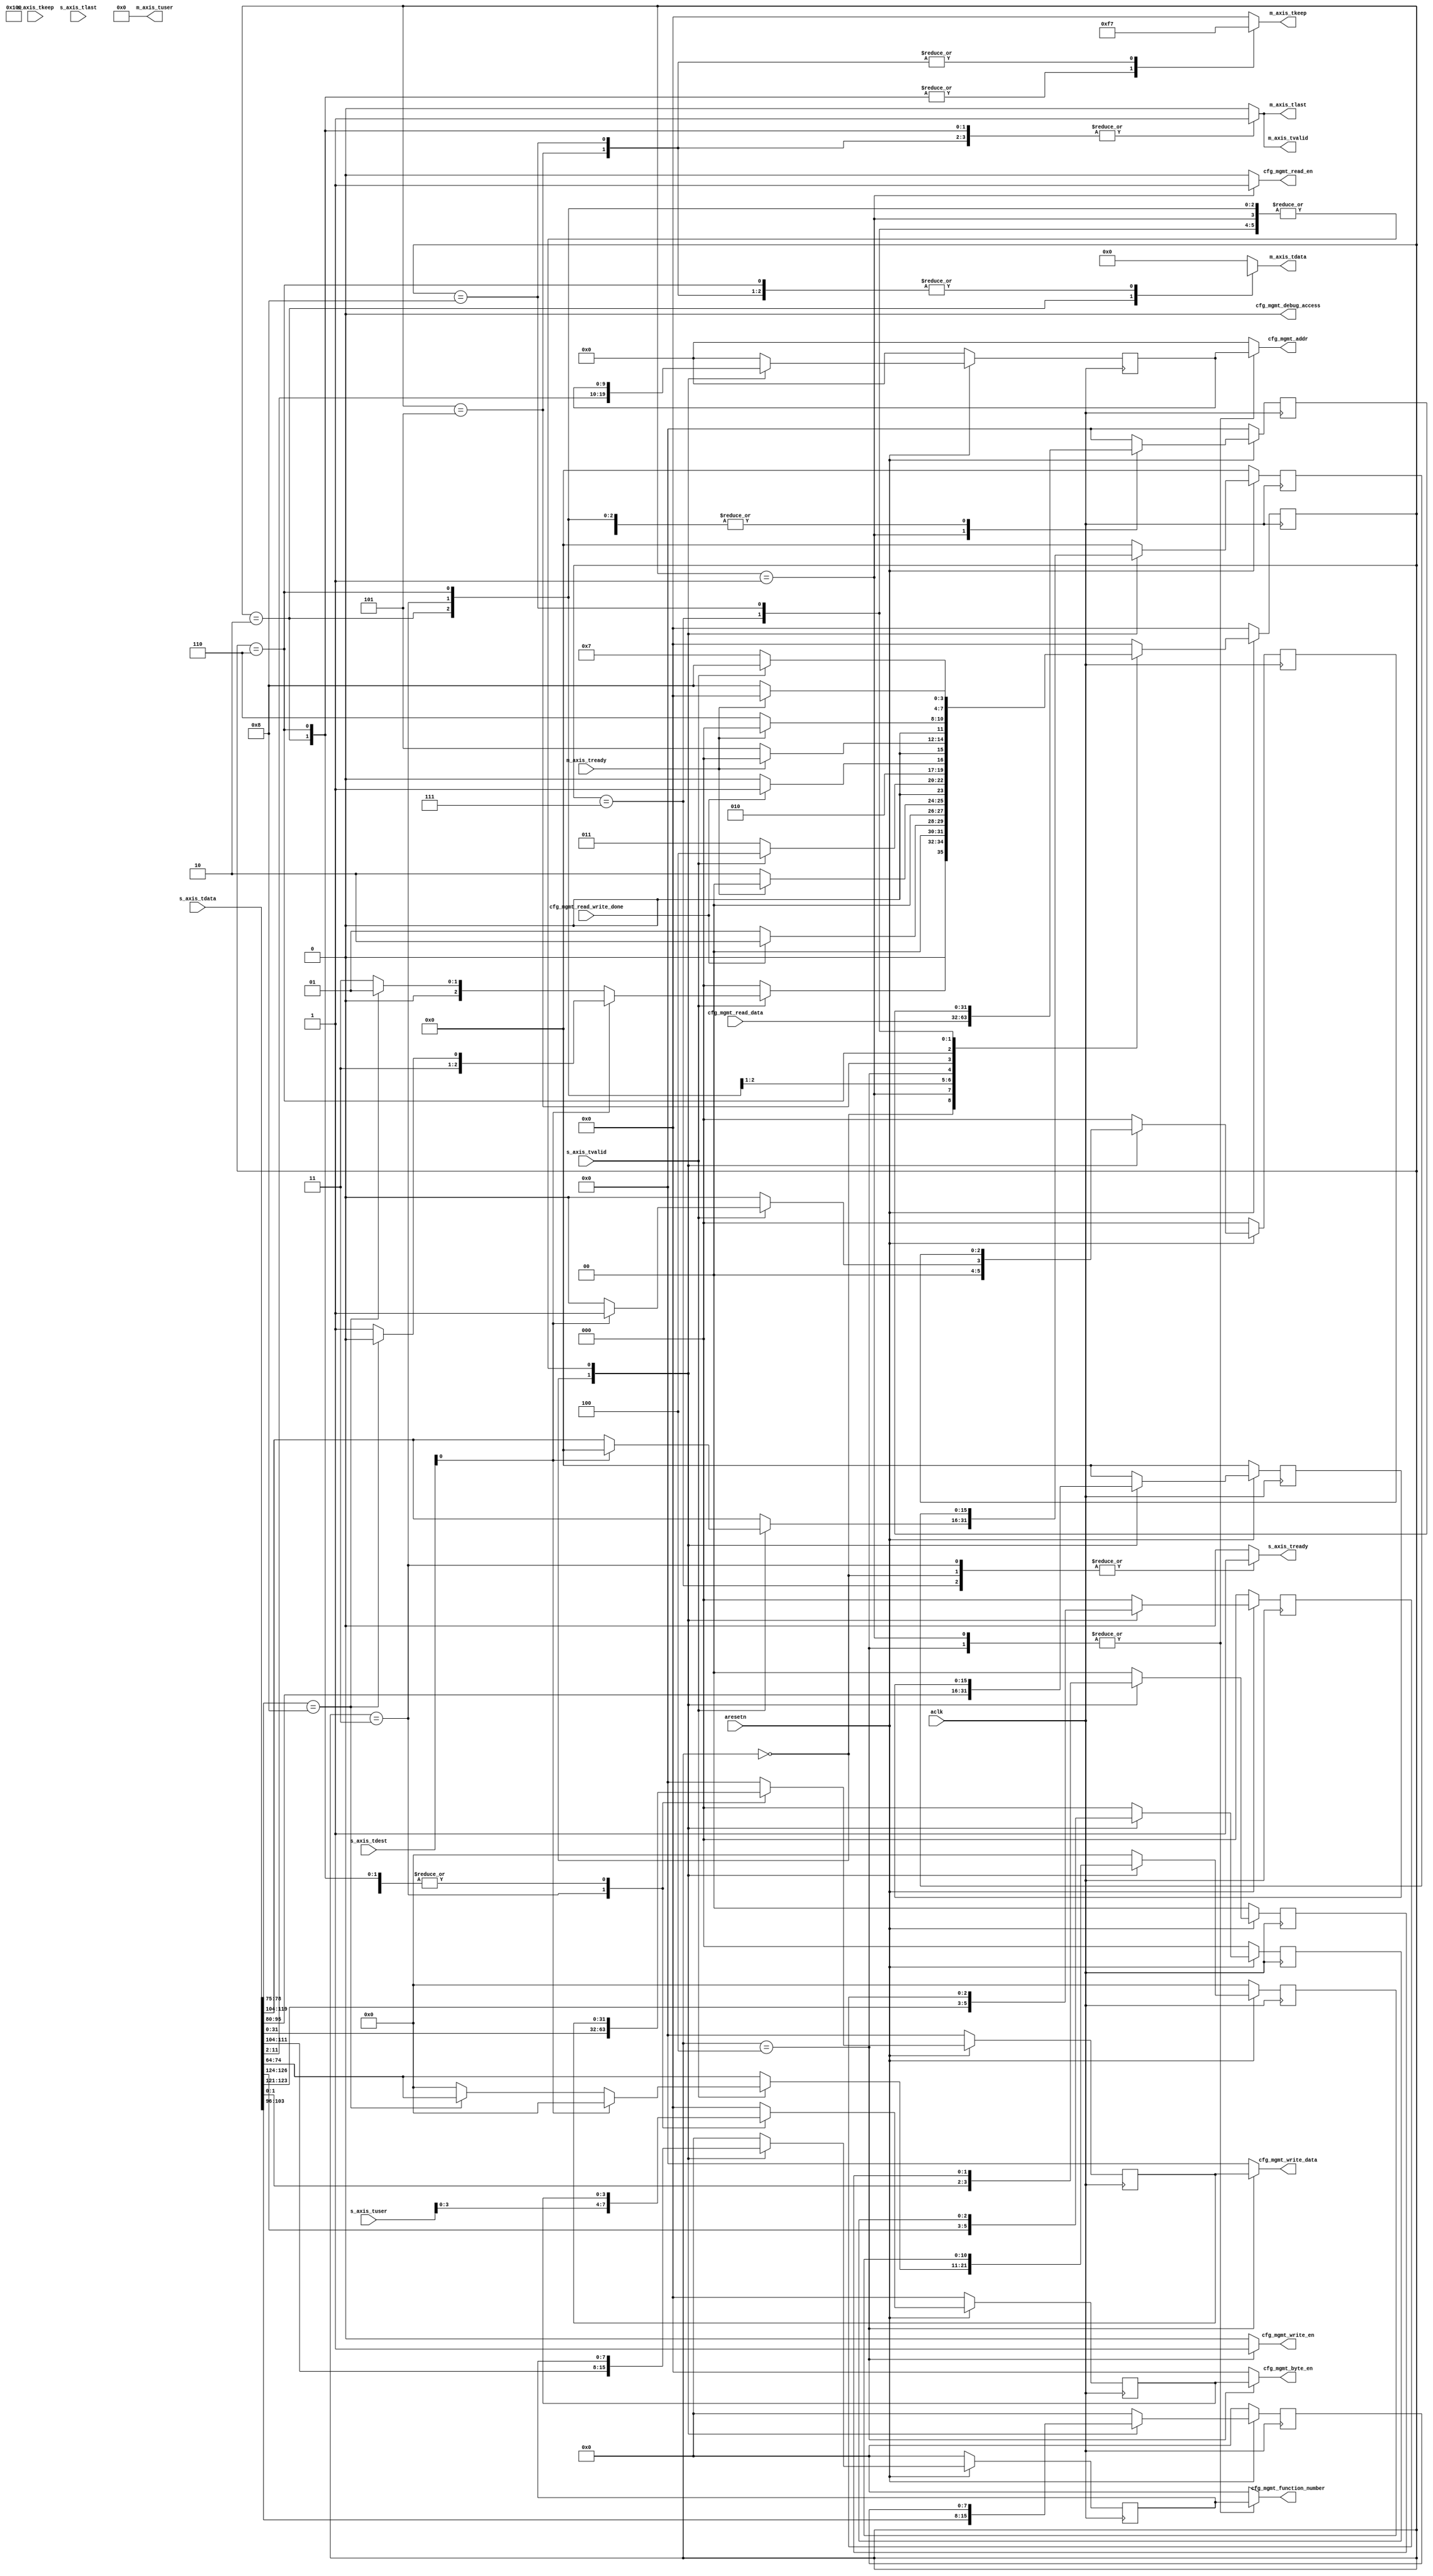
`timescale 1ns / 1ps
//////////////////////////////////////////////////////////////////////////////////
// Company: UIUC
// 
// Design Name: 
// Module Name: axis_to_cfg_mgmt
// Project Name: 
// Target Devices: 
// Tool Versions: 
// Description: 
// 
// Dependencies: 
// 
// Revision:
// Revision 0.01 - File Created
// Additional Comments:
// 
//////////////////////////////////////////////////////////////////////////////////


module axis_to_cfg_mgmt #(
		parameter integer TDATA_WIDTH	= 128,
		
		parameter integer TKEEP_WIDTH   = 4,
		
        parameter integer RQ_TUSER_WIDTH = 85,
        parameter integer CC_TUSER_WIDTH = 33		
    ) (
    input wire [1:0] s_axis_tdest,  
    input wire [TDATA_WIDTH-1 : 0] s_axis_tdata,
    input wire [TKEEP_WIDTH-1 : 0] s_axis_tkeep,
    input wire s_axis_tlast,
    input wire [RQ_TUSER_WIDTH-1 : 0] s_axis_tuser,
    input wire s_axis_tvalid,
    output reg s_axis_tready,
    
    output reg [TDATA_WIDTH-1 : 0] m_axis_tdata,
    output reg [TKEEP_WIDTH-1 : 0] m_axis_tkeep,
    output reg m_axis_tlast,
    output reg [CC_TUSER_WIDTH-1 : 0] m_axis_tuser,
    output reg m_axis_tvalid,
    input wire m_axis_tready,  
    
    output reg [9:0] cfg_mgmt_addr,
    output reg [3:0] cfg_mgmt_byte_en,
    output reg cfg_mgmt_debug_access,
    output reg [7:0] cfg_mgmt_function_number,  
    input wire [31:0] cfg_mgmt_read_data,
    output reg cfg_mgmt_read_en,
    input wire cfg_mgmt_read_write_done,
    output reg [31:0] cfg_mgmt_write_data,
    output reg cfg_mgmt_write_en,
    
    //  additional ports here
    input wire aclk,
    input wire aresetn
    );
    
//  user logic here
localparam IDLE = 4'b0000;
localparam READ_CFG = 4'b0001;
localparam READ_RESP = 4'b0010;
localparam WRITE_CFG_HEADER = 4'b0011;
localparam WRITE_CFG_DATA = 4'b0100;
localparam WRITE_RESP = 4'b0101;
localparam READ_RESP_ERROR = 4'b0110;
localparam WRITE_CFG_HEADER_ERROR = 4'b0111;
localparam WRITE_RESP_ERROR = 4'b1000;
reg [3:0] state;

reg [TDATA_WIDTH-1 : 0] m_axis_tdata_reg;
reg [TKEEP_WIDTH-1 : 0] m_axis_keep_reg;
reg m_axis_last_reg;
reg [CC_TUSER_WIDTH-1 : 0] m_axis_tuser_reg;
reg m_axis_valid_reg;

reg [9:0] cfg_mgmt_addr_reg;
reg [3:0] cfg_mgmt_byte_en_reg;
reg cfg_mgmt_debug_access_reg;
reg [7:0] cfg_mgmt_function_number_reg;
reg cfg_mgmt_read_en_reg;
reg [31:0] cfg_mgmt_write_data_reg;
reg cfg_mgmt_write_en_reg;
reg [31:0] cfg_mgmt_read_data_reg;

wire [6:0] lower_address;
reg [1:0] address_type_reg;
wire [12:0] byte_count;
wire locked_read_completion; // 1'b0
reg [10:0] dword_count_reg; // 11'h1
reg [2:0] completion_status_reg; // 3'b000
wire poisoned_completion; // 1'b0
reg [15:0] requester_id_reg;
reg [7:0] tag_reg;
reg [15:0] completer_id_reg;
wire completer_id_enable; // 1'b1
reg [2:0] transaction_class_reg;
reg [2:0] attributes_reg;
wire force_ecrc; // 1'b0

wire [95:0] cc_header;

assign byte_count = 13'h0004;
assign locked_read_completion = 1'b0;
assign poisoned_completion = 1'b0;
assign completer_id_enable = 1'b1;
assign force_ecrc = 1'b0;

assign cc_header = {force_ecrc,
                    attributes_reg,
                    transaction_class_reg,
                    completer_id_enable,
                    completer_id_reg,
                    tag_reg,
                    requester_id_reg,
                    1'b0,
                    poisoned_completion,
                    completion_status_reg,
                    dword_count_reg,
                    2'b00,
                    locked_read_completion,
                    byte_count,
                    6'b000000,
                    address_type_reg,
                    1'b0,
                    lower_address};

always @(state, cfg_mgmt_addr_reg, cfg_mgmt_function_number_reg, cfg_mgmt_byte_en_reg, cfg_mgmt_read_data_reg, cc_header, cfg_mgmt_write_data_reg) begin
    case (state)
        IDLE: begin
            s_axis_tready = 1'b1;
            
            m_axis_tdata = 128'h0000_0000_0000_0000_0000_0000_0000_0000;
            m_axis_tkeep = 4'b0000;
            m_axis_tlast = 1'b0;
            m_axis_tuser = 33'h0_0000_0000;
            m_axis_tvalid = 1'b0;
            
            cfg_mgmt_addr = 10'h000;
            cfg_mgmt_byte_en = 4'b0000;
            cfg_mgmt_debug_access = 1'b0;
            cfg_mgmt_function_number = 8'h00;
            cfg_mgmt_read_en = 1'b0;
            cfg_mgmt_write_data = 32'h0000_0000;
            cfg_mgmt_write_en = 1'b0;           
        end
        READ_CFG: begin
            s_axis_tready = 1'b0;
            
            m_axis_tdata = 128'h0000_0000_0000_0000_0000_0000_0000_0000;
            m_axis_tkeep = 4'b0000;
            m_axis_tlast = 1'b0;
            m_axis_tuser = 33'h0_0000_0000;
            m_axis_tvalid = 1'b0;
            
            cfg_mgmt_addr = cfg_mgmt_addr_reg;
            cfg_mgmt_byte_en = 4'b0000;
            cfg_mgmt_debug_access = 1'b0;
            cfg_mgmt_function_number = cfg_mgmt_function_number_reg;
            cfg_mgmt_read_en = 1'b1;
            cfg_mgmt_write_data = 32'h0000_0000;
            cfg_mgmt_write_en = 1'b0;           
        end
        READ_RESP: begin
            s_axis_tready = 1'b0;
            
            m_axis_tdata = {cfg_mgmt_read_data_reg, cc_header};
            m_axis_tkeep = 4'b1111;
            m_axis_tlast = 1'b1;
            m_axis_tuser = 33'h0_0000_0000;
            m_axis_tvalid = 1'b1;
            
            cfg_mgmt_addr = 10'h000;
            cfg_mgmt_byte_en = 4'b0000;
            cfg_mgmt_debug_access = 1'b0;
            cfg_mgmt_function_number = 8'h00;
            cfg_mgmt_read_en = 1'b0;
            cfg_mgmt_write_data = 32'h0000_0000;
            cfg_mgmt_write_en = 1'b0;
        end
        WRITE_CFG_HEADER: begin
            s_axis_tready = 1'b1;
            
            m_axis_tdata = 128'h0000_0000_0000_0000_0000_0000_0000_0000;
            m_axis_tkeep = 4'b0000;
            m_axis_tlast = 1'b0;
            m_axis_tuser = 33'h0_0000_0000;
            m_axis_tvalid = 1'b0;
            
            cfg_mgmt_addr = 10'h000;
            cfg_mgmt_byte_en = 4'b0000;
            cfg_mgmt_debug_access = 1'b0;
            cfg_mgmt_function_number = 8'h00;
            cfg_mgmt_read_en = 1'b0;
            cfg_mgmt_write_data = 32'h0000_0000;
            cfg_mgmt_write_en = 1'b0;
        end
        WRITE_CFG_DATA: begin
            s_axis_tready = 1'b0;
            
            m_axis_tdata = 128'h0000_0000_0000_0000_0000_0000_0000_0000;
            m_axis_tkeep = 4'b0000;
            m_axis_tlast = 1'b0;
            m_axis_tuser = 33'h0_0000_0000;
            m_axis_tvalid = 1'b0;
                    
            cfg_mgmt_addr = cfg_mgmt_addr_reg;
            cfg_mgmt_byte_en = cfg_mgmt_byte_en_reg;
            cfg_mgmt_debug_access = 1'b0;
            cfg_mgmt_function_number = cfg_mgmt_function_number_reg;
            cfg_mgmt_read_en = 1'b0;
            cfg_mgmt_write_data = cfg_mgmt_write_data_reg;
            cfg_mgmt_write_en = 1'b1;
        end        
        WRITE_RESP: begin
            s_axis_tready = 1'b0;
            
            m_axis_tdata = {32'h0000_0000, cc_header};
            m_axis_tkeep = 4'b0111;
            m_axis_tlast = 1'b1;
            m_axis_tuser = 33'h0_0000_0000;
            m_axis_tvalid = 1'b1;
                    
            cfg_mgmt_addr = 10'h000;
            cfg_mgmt_byte_en = 4'b0000;
            cfg_mgmt_debug_access = 1'b0;
            cfg_mgmt_function_number = 8'h00;
            cfg_mgmt_read_en = 1'b0;
            cfg_mgmt_write_data = 32'h0000_0000;
            cfg_mgmt_write_en = 1'b0;
        end
        READ_RESP_ERROR: begin
            s_axis_tready = 1'b0;
            
            m_axis_tdata = {32'h0000_0000, cc_header};
            m_axis_tkeep = 4'b1111;
            m_axis_tlast = 1'b1;
            m_axis_tuser = 33'h0_0000_0000;
            m_axis_tvalid = 1'b1;
            
            cfg_mgmt_addr = 10'h000;
            cfg_mgmt_byte_en = 4'b0000;
            cfg_mgmt_debug_access = 1'b0;
            cfg_mgmt_function_number = 8'h00;
            cfg_mgmt_read_en = 1'b0;
            cfg_mgmt_write_data = 32'h0000_0000;
            cfg_mgmt_write_en = 1'b0;    
        end
        WRITE_CFG_HEADER_ERROR: begin
            s_axis_tready = 1'b1;
            
            m_axis_tdata = 128'h0000_0000_0000_0000_0000_0000_0000_0000;
            m_axis_tkeep = 4'b0000;
            m_axis_tlast = 1'b0;
            m_axis_tuser = 33'h0_0000_0000;
            m_axis_tvalid = 1'b0;
            
            cfg_mgmt_addr = 10'h000;
            cfg_mgmt_byte_en = 4'b0000;
            cfg_mgmt_debug_access = 1'b0;
            cfg_mgmt_function_number = 8'h00;
            cfg_mgmt_read_en = 1'b0;
            cfg_mgmt_write_data = 32'h0000_0000;
            cfg_mgmt_write_en = 1'b0;    
        end
        WRITE_RESP_ERROR: begin
            s_axis_tready = 1'b0;
            
            m_axis_tdata = {32'h0000_0000, cc_header};
            m_axis_tkeep = 4'b0111;
            m_axis_tlast = 1'b1;
            m_axis_tuser = 33'h0_0000_0000;
            m_axis_tvalid = 1'b1;
                    
            cfg_mgmt_addr = 10'h000;
            cfg_mgmt_byte_en = 4'b0000;
            cfg_mgmt_debug_access = 1'b0;
            cfg_mgmt_function_number = 8'h00;
            cfg_mgmt_read_en = 1'b0;
            cfg_mgmt_write_data = 32'h0000_0000;
            cfg_mgmt_write_en = 1'b0;    
        end        
        default: begin
            s_axis_tready = 1'b0;
            
            m_axis_tdata = 128'h0000_0000_0000_0000_0000_0000_0000_0000;
            m_axis_tkeep = 4'b0000;
            m_axis_tlast = 1'b0;
            m_axis_tuser = 33'h0_0000_0000;
            m_axis_tvalid = 1'b0;
            
            cfg_mgmt_addr = 10'h000;
            cfg_mgmt_byte_en = 4'b0000;
            cfg_mgmt_debug_access = 1'b0;
            cfg_mgmt_function_number = 8'h00;
            cfg_mgmt_read_en = 1'b0;
            cfg_mgmt_write_data = 32'h0000_0000;
            cfg_mgmt_write_en = 1'b0;           
        end
    endcase
end

always @(posedge aclk)
    if (!aresetn) begin
        state <= IDLE;
        cfg_mgmt_addr_reg <= 10'h000;
        cfg_mgmt_byte_en_reg <= 4'b0000;
        cfg_mgmt_function_number_reg <= 8'h00;
        cfg_mgmt_read_data_reg <= 32'h0000;
        cfg_mgmt_write_data_reg <= 32'h0000;        
        
        requester_id_reg <= 16'h0000;
        completer_id_reg <= 16'h0000;
        tag_reg <= 8'h00;
        address_type_reg <= 2'b00;
        transaction_class_reg <= 3'b000;
        attributes_reg <= 3'b000;
        dword_count_reg <= 11'h000;
        completion_status_reg <= 3'b000;
    end
else
    case (state)
        IDLE : begin
            if (s_axis_tvalid)
                if (s_axis_tdest[0]) begin
                    if (s_axis_tdata[78:75] == 4'b1000) begin
                        state <= READ_RESP_ERROR;
                        dword_count_reg <= 11'h000;
                    end
                    else begin
                        state <= WRITE_CFG_HEADER_ERROR;
                        dword_count_reg <= 11'h000;
                    end
                    completion_status_reg <= 3'b001;
                    completer_id_reg <= 8'h00;
                end
                else begin
                    if (s_axis_tdata[78:75] == 4'b1000) begin
                        state <= READ_CFG;
                        dword_count_reg <= s_axis_tdata[74:64];
                    end
                    else begin
                        state <= WRITE_CFG_HEADER;
                        dword_count_reg <= 11'h000;
                    end
                    completion_status_reg <= 3'b000;
                    completer_id_reg <= s_axis_tdata[119:104];                    
                end
            else begin
                state <= IDLE;
                dword_count_reg <= s_axis_tdata[74:64];
                completion_status_reg <= 3'b000;
                completer_id_reg <= s_axis_tdata[119:104];                
            end
                
            cfg_mgmt_addr_reg <= s_axis_tdata[11:2];
            cfg_mgmt_byte_en_reg <= 4'b0000;
            cfg_mgmt_function_number_reg <= s_axis_tdata[111:104];
            cfg_mgmt_read_data_reg <= 32'h0000;
            cfg_mgmt_write_data_reg <= 32'h0000;            
            
            requester_id_reg <= s_axis_tdata[95:80];
            tag_reg <= s_axis_tdata[103:96];
            address_type_reg <= s_axis_tdata[1:0];
            transaction_class_reg <= s_axis_tdata[123:121];
            attributes_reg <= s_axis_tdata[126:124];
            //dword_count_reg <= s_axis_tdata[74:64];             
        end
        READ_CFG : begin
            if (cfg_mgmt_read_write_done)
                state <= READ_RESP;
            else
                state <= READ_CFG;
                
            cfg_mgmt_addr_reg <= cfg_mgmt_addr_reg;
            cfg_mgmt_byte_en_reg <= cfg_mgmt_byte_en_reg;            
            cfg_mgmt_function_number_reg <= cfg_mgmt_function_number_reg;
            cfg_mgmt_read_data_reg <= cfg_mgmt_read_data;
            cfg_mgmt_write_data_reg <= cfg_mgmt_write_data_reg;            
            
            requester_id_reg <= requester_id_reg;
            completer_id_reg <= completer_id_reg;
            tag_reg <= tag_reg;
            address_type_reg <= address_type_reg;
            transaction_class_reg <= transaction_class_reg;
            attributes_reg <= attributes_reg;
            dword_count_reg <= dword_count_reg;
            completion_status_reg <= completion_status_reg;
        end
        READ_RESP : begin
            if (m_axis_tready)
                state <= IDLE;
            else
                state <= READ_RESP;

            cfg_mgmt_addr_reg <= cfg_mgmt_addr_reg;
            cfg_mgmt_byte_en_reg <= cfg_mgmt_byte_en_reg;
            cfg_mgmt_function_number_reg <= cfg_mgmt_function_number_reg;
            cfg_mgmt_read_data_reg <= cfg_mgmt_read_data_reg;
            cfg_mgmt_write_data_reg <= cfg_mgmt_write_data_reg;            
            
            requester_id_reg <= requester_id_reg;
            completer_id_reg <= completer_id_reg;
            tag_reg <= tag_reg;
            address_type_reg <= address_type_reg;
            transaction_class_reg <= transaction_class_reg;
            attributes_reg <= attributes_reg;
            dword_count_reg <= dword_count_reg;
            completion_status_reg <= completion_status_reg;
        end
        WRITE_CFG_HEADER : begin
            if (s_axis_tvalid)
                state <= WRITE_CFG_DATA;
            else
                state <= WRITE_CFG_HEADER;

            cfg_mgmt_addr_reg <= cfg_mgmt_addr_reg;
            cfg_mgmt_byte_en_reg <= s_axis_tuser[3:0];
            cfg_mgmt_function_number_reg <= cfg_mgmt_function_number_reg;
            cfg_mgmt_read_data_reg <= cfg_mgmt_read_data_reg;
            cfg_mgmt_write_data_reg <= s_axis_tdata[31:0];
                
            requester_id_reg <= requester_id_reg;
            completer_id_reg <= completer_id_reg;
            tag_reg <= tag_reg;
            address_type_reg <= address_type_reg;
            transaction_class_reg <= transaction_class_reg;
            attributes_reg <= attributes_reg;
            dword_count_reg <= dword_count_reg;
            completion_status_reg <= completion_status_reg;
        end
        WRITE_CFG_DATA : begin
            if (cfg_mgmt_read_write_done)
                state <= WRITE_RESP;
            else
                state <= WRITE_CFG_DATA;
                
            cfg_mgmt_addr_reg <= cfg_mgmt_addr_reg;
            cfg_mgmt_byte_en_reg <= cfg_mgmt_byte_en_reg;
            cfg_mgmt_function_number_reg <= cfg_mgmt_function_number_reg;
            cfg_mgmt_read_data_reg <= cfg_mgmt_read_data_reg;
            cfg_mgmt_write_data_reg <= cfg_mgmt_write_data_reg;
                
            requester_id_reg <= requester_id_reg;
            completer_id_reg <= completer_id_reg;
            tag_reg <= tag_reg;
            address_type_reg <= address_type_reg;
            transaction_class_reg <= transaction_class_reg;
            attributes_reg <= attributes_reg;
            dword_count_reg <= dword_count_reg;
            completion_status_reg <= completion_status_reg;
        end        
        WRITE_RESP: begin
            if (m_axis_tready)
                state <= IDLE;
            else
                state <= WRITE_RESP;
                
            cfg_mgmt_addr_reg <= cfg_mgmt_addr_reg;
            cfg_mgmt_byte_en_reg <= cfg_mgmt_byte_en_reg;
            cfg_mgmt_function_number_reg <= cfg_mgmt_function_number_reg;
            cfg_mgmt_read_data_reg <= cfg_mgmt_read_data_reg;
            cfg_mgmt_write_data_reg <= cfg_mgmt_write_data_reg;                              
                
            requester_id_reg <= requester_id_reg;
            completer_id_reg <= completer_id_reg;
            tag_reg <= tag_reg;
            address_type_reg <= address_type_reg;
            transaction_class_reg <= transaction_class_reg;
            attributes_reg <= attributes_reg;
            dword_count_reg <= dword_count_reg;
            completion_status_reg <= completion_status_reg;
        end
        READ_RESP_ERROR : begin
            if (m_axis_tready)
                state <= IDLE;
            else
                state <= READ_RESP_ERROR;

            cfg_mgmt_addr_reg <= cfg_mgmt_addr_reg;
            cfg_mgmt_byte_en_reg <= cfg_mgmt_byte_en_reg;
            cfg_mgmt_function_number_reg <= cfg_mgmt_function_number_reg;
            cfg_mgmt_read_data_reg <= cfg_mgmt_read_data_reg;
            cfg_mgmt_write_data_reg <= cfg_mgmt_write_data_reg;            
            
            requester_id_reg <= requester_id_reg;
            completer_id_reg <= completer_id_reg;
            tag_reg <= tag_reg;
            address_type_reg <= address_type_reg;
            transaction_class_reg <= transaction_class_reg;
            attributes_reg <= attributes_reg;
            dword_count_reg <= dword_count_reg;
            completion_status_reg <= completion_status_reg;
        end
        WRITE_CFG_HEADER_ERROR : begin
            if (s_axis_tvalid)
                state <= WRITE_RESP_ERROR;
            else
                state <= WRITE_CFG_HEADER_ERROR;

            cfg_mgmt_addr_reg <= cfg_mgmt_addr_reg;
            cfg_mgmt_byte_en_reg <= cfg_mgmt_byte_en_reg;
            cfg_mgmt_function_number_reg <= cfg_mgmt_function_number_reg;
            cfg_mgmt_read_data_reg <= cfg_mgmt_read_data_reg;
            cfg_mgmt_write_data_reg <= cfg_mgmt_write_data_reg;
                
            requester_id_reg <= requester_id_reg;
            completer_id_reg <= completer_id_reg;
            tag_reg <= tag_reg;
            address_type_reg <= address_type_reg;
            transaction_class_reg <= transaction_class_reg;
            attributes_reg <= attributes_reg;
            dword_count_reg <= dword_count_reg;
            completion_status_reg <= completion_status_reg;
        end  
        WRITE_RESP_ERROR: begin
            if (m_axis_tready)
                state <= IDLE;
            else
                state <= WRITE_RESP_ERROR;
                
            cfg_mgmt_addr_reg <= cfg_mgmt_addr_reg;
            cfg_mgmt_byte_en_reg <= cfg_mgmt_byte_en_reg;
            cfg_mgmt_function_number_reg <= cfg_mgmt_function_number_reg;
            cfg_mgmt_read_data_reg <= cfg_mgmt_read_data_reg;
            cfg_mgmt_write_data_reg <= cfg_mgmt_write_data_reg;                              
                
            requester_id_reg <= requester_id_reg;
            completer_id_reg <= completer_id_reg;
            tag_reg <= tag_reg;
            address_type_reg <= address_type_reg;
            transaction_class_reg <= transaction_class_reg;
            attributes_reg <= attributes_reg;
            dword_count_reg <= dword_count_reg;
            completion_status_reg <= completion_status_reg;
        end        
        default: begin
            state <= IDLE;
            cfg_mgmt_addr_reg <= 10'h000;
            cfg_mgmt_byte_en_reg <= 4'b0000;
            cfg_mgmt_function_number_reg <= 8'h00;
            cfg_mgmt_read_data_reg <= 32'h0000;
            cfg_mgmt_write_data_reg <= 32'h0000;        
            
            requester_id_reg <= 16'h0000;
            completer_id_reg <= 16'h0000;
            tag_reg <= 8'h00;
            address_type_reg <= 2'b00;
            transaction_class_reg <= 3'b000;
            attributes_reg <= 3'b000;
            dword_count_reg <= 11'h000;
            completion_status_reg <= 3'b000;
        end
    endcase
    
endmodule